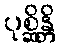
ပုစ္ဆိန္တိ